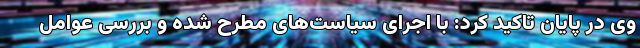
وی در پایان تاکید کرد: با اجرای سیاست‌های مطرح شده و بررسی عوامل